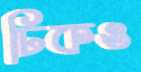
ঢিকও